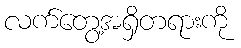
လက်တွေ့အရှိတရားကို